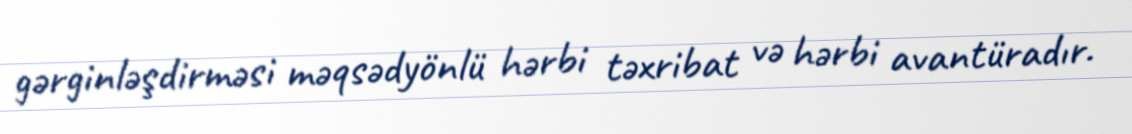
gərginləşdirməsi məqsədyönlü hərbi təxribat və hərbi avantüradır.